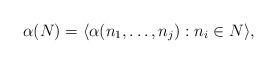
LaTeX: \begin{align*}\alpha(N)=\langle\alpha(n_1,\ldots,n_j):n_i\in N\rangle,\end{align*}